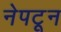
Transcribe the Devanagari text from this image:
नेपटून